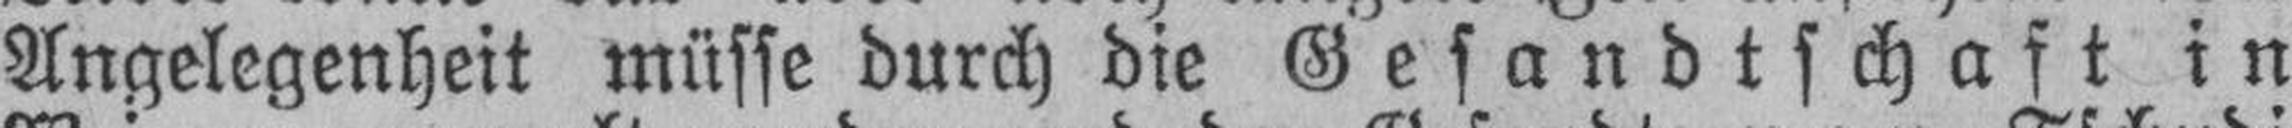
Angelegenheit müsse durch die Gesandtschaft in